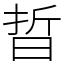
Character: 晢